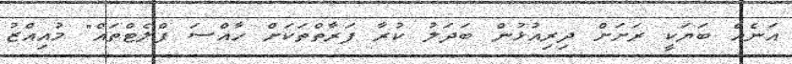
އަނެއް ބަޔަކީ ރަށަށް ދިރިއުޅުން ބަދަލު ކުރާ ފަރާތްތަކަށް ހާއްސަ ފްލެޓްތައް" މުއިއްޒު